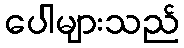
ပေါများသည်